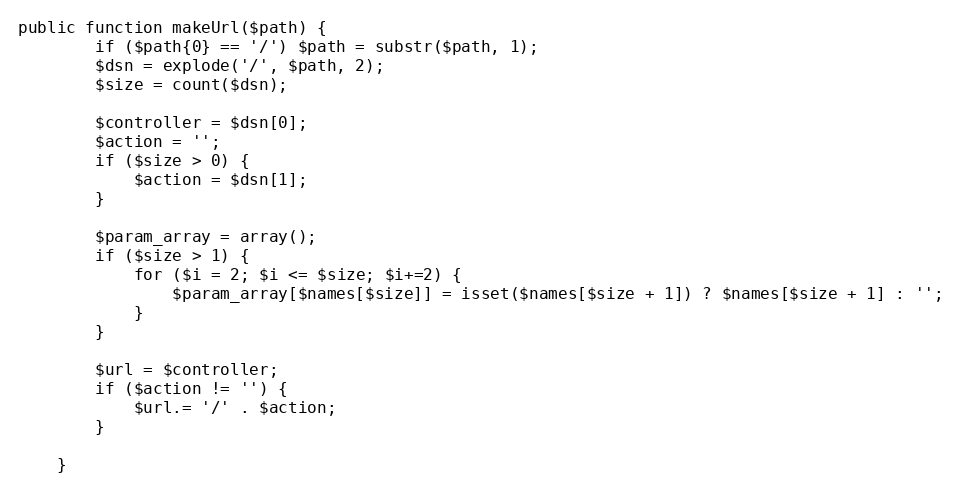
Language: PHP
public function makeUrl($path) {
		if ($path{0} == '/') $path = substr($path, 1);
		$dsn = explode('/', $path, 2);
		$size = count($dsn);

		$controller = $dsn[0];
		$action = '';
		if ($size > 0) {
			$action = $dsn[1];
		}

		$param_array = array();
		if ($size > 1) {
			for ($i = 2; $i <= $size; $i+=2) {
				$param_array[$names[$size]] = isset($names[$size + 1]) ? $names[$size + 1] : '';
			}
		}

		$url = $controller;
		if ($action != '') {
			$url.= '/' . $action;
		}

	}